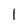
Character: l